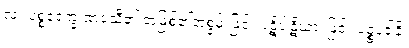
လ။ ပစ္စဝေက္ခ ဏဝသီ၏ အဖြစ်၏အစွမ်းဖြင့်။ ပဋိပါဋိယာ၊ ဖြင့်။ ပဉ္စပဒါနိ၊